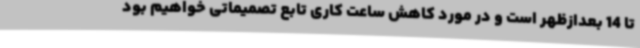
تا 14 بعدازظهر است و در مورد کاهش ساعت کاری تابع تصمیماتی خواهیم بود